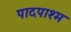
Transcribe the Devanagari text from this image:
पादपाश्म